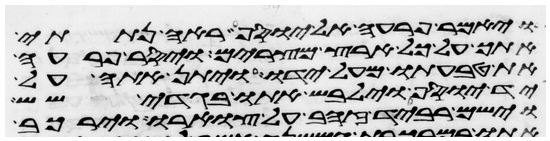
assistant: ויאמר פרעה אל יוסף ראה נתתי
אתך על כל ארץ מצרים ויסר פרעה
את טבעתו מעל ידו ויתן אתה על
יד יוסף וילבש אתו בגדי שש
וישם רביד זהב על צוארו וירכב